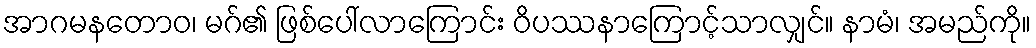
အာဂမနတောဝ၊ မဂ်၏ ဖြစ်ပေါ်လာကြောင်း ဝိပဿနာကြောင့်သာလျှင်။ နာမံ၊ အမည်ကို။